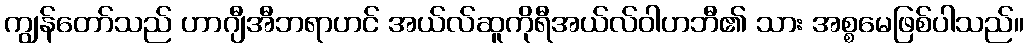
ကျွန်တော်သည် ဟာဂျီအီဘရာဟင် အယ်လ်ဆူကိုရီအယ်လ်ဝါဟဘီ၏ သား အစ္စမေဖြစ်ပါသည်။